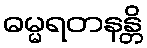
ဓမ္မရတနန္တိ